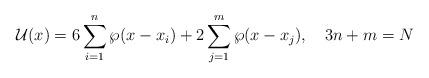
LaTeX: \begin{align*}{\cal U}(x)=6\sum_{i=1}^n\wp(x-x_i)+2\sum_{j=1}^m\wp(x-x_j),\quad3n+m=N\end{align*}